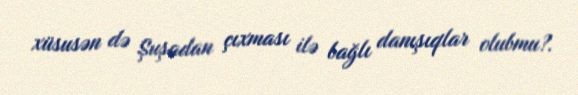
xüsusən də Şuşadan çıxması ilə bağlı danışıqlar olubmu?.